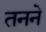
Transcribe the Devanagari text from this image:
तनने